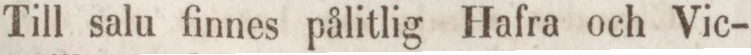
Till salu finnes pålitlig Hafra och Vic-